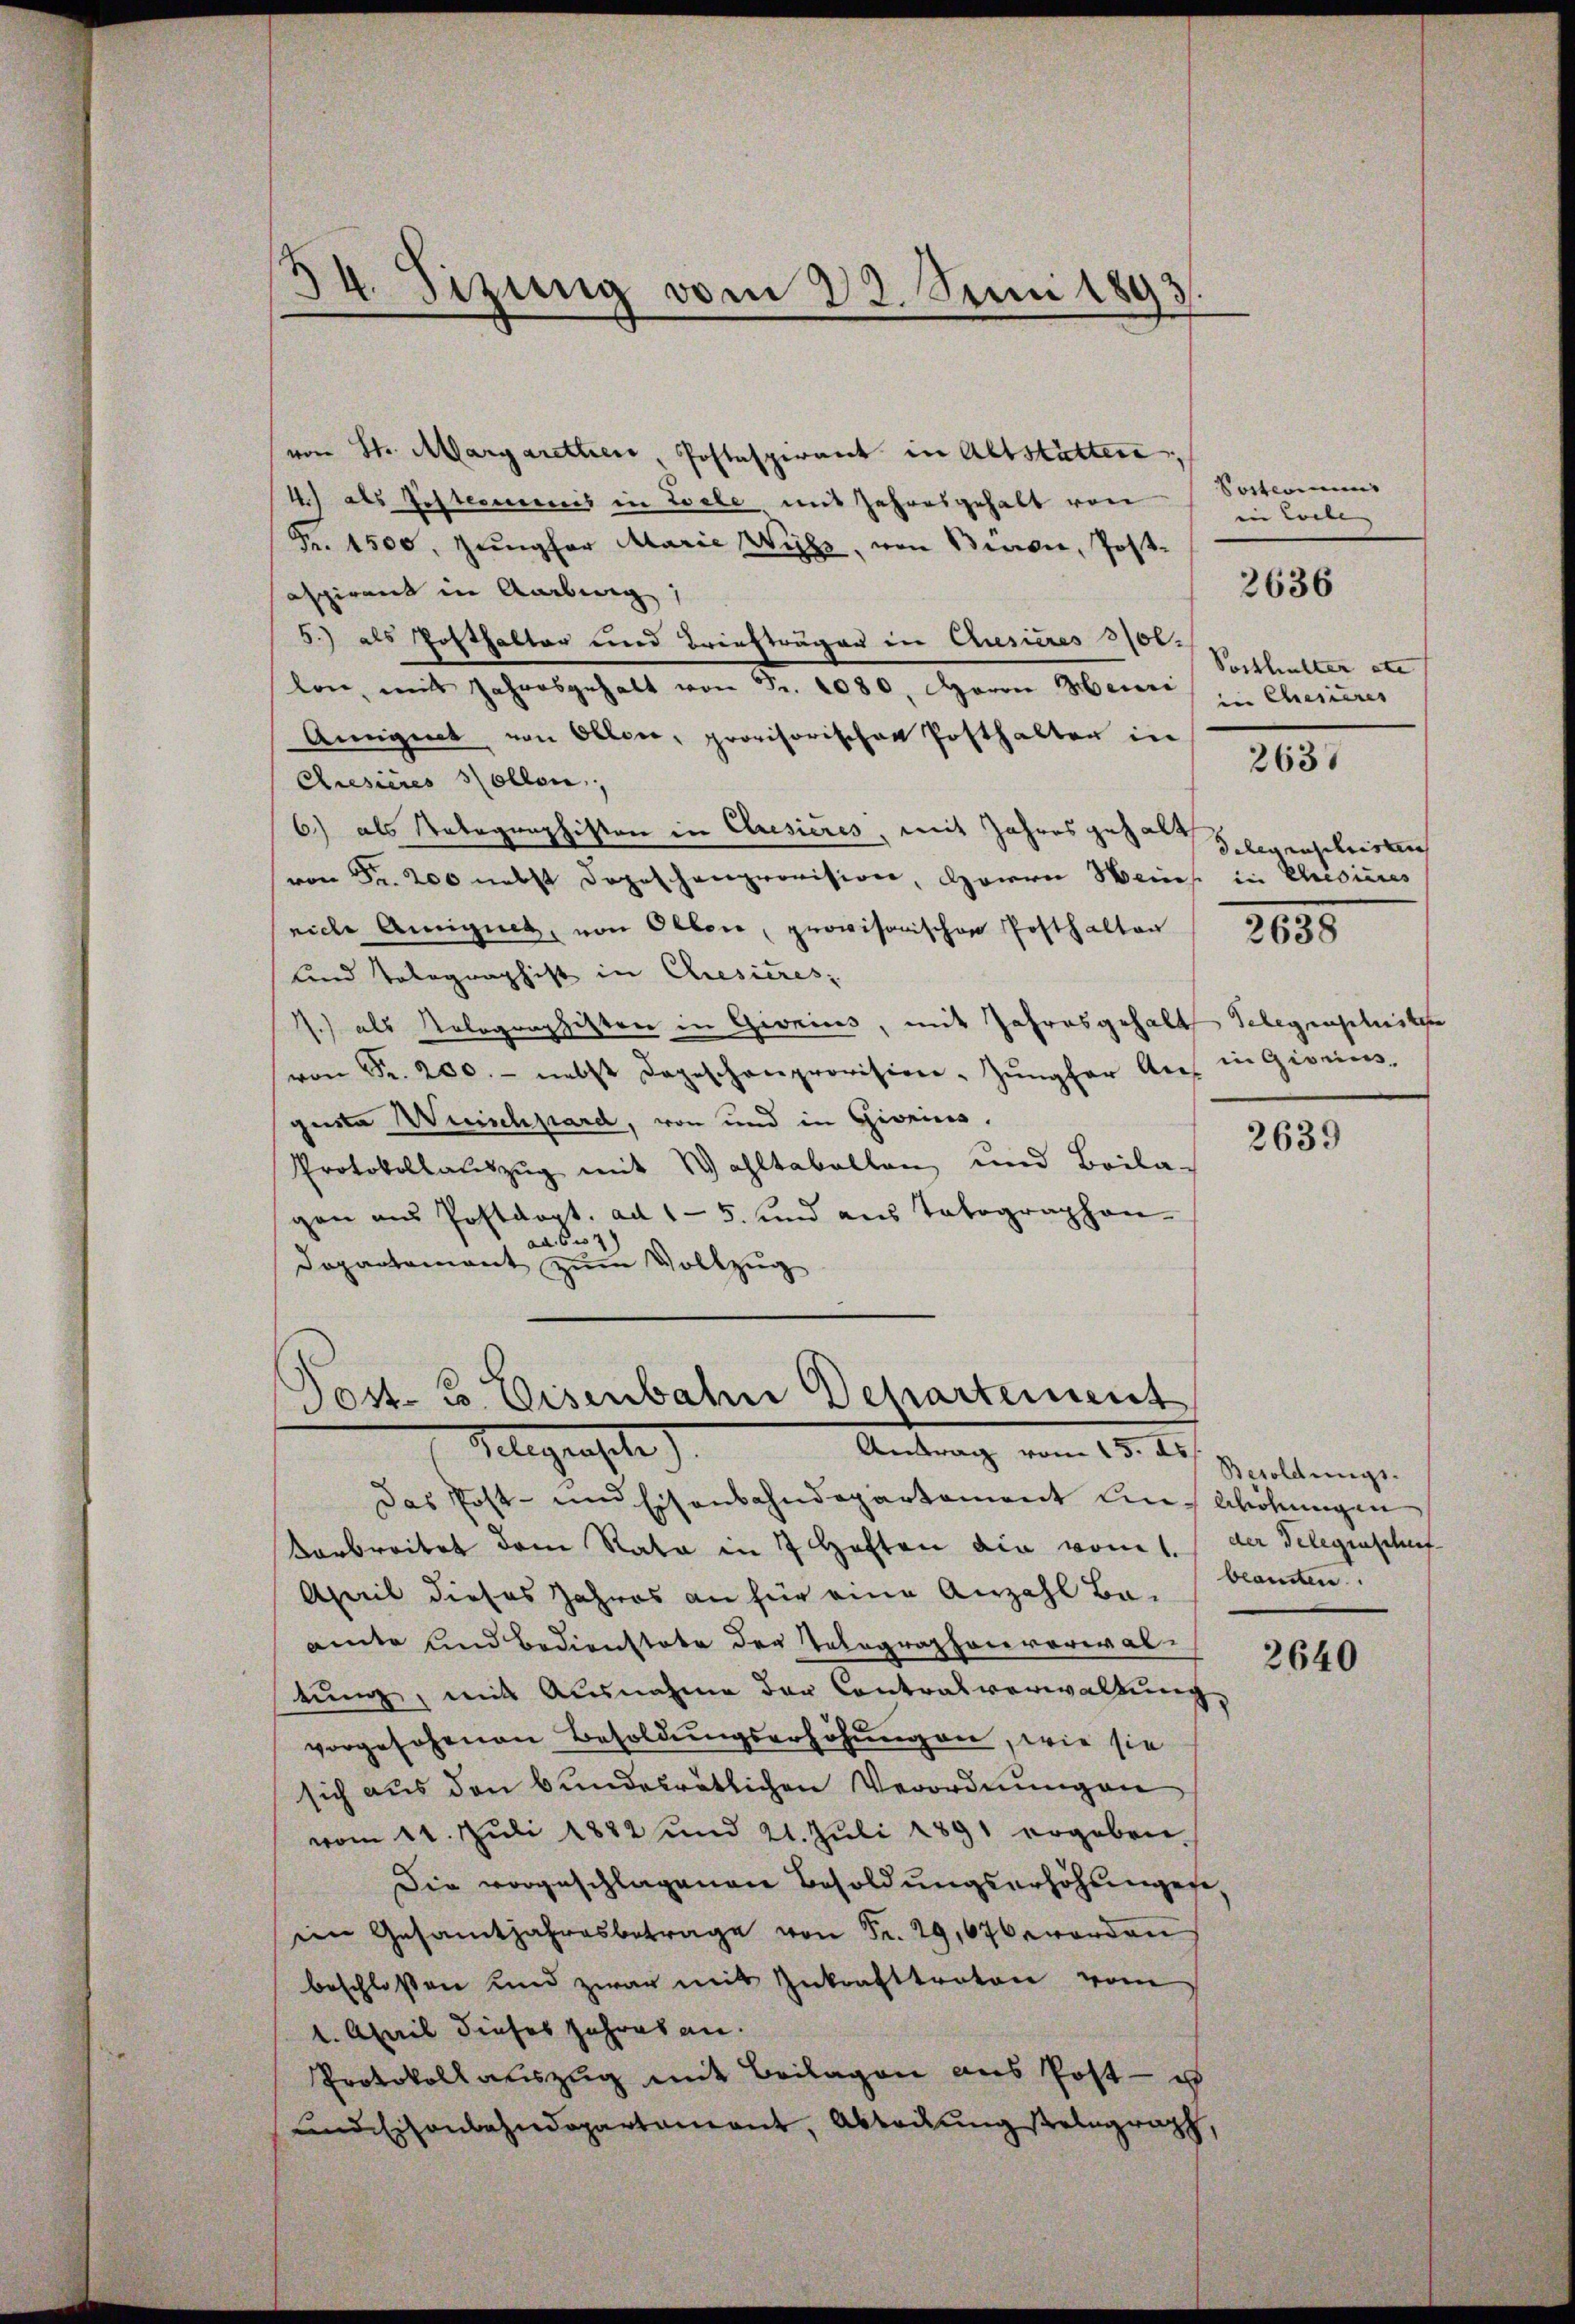
x
4. Sizung vom 22. Juni 1893

von St. Aargaretten, Postaspirant in Altstätten,
11 als Gestermeis in Zoele, mit Jahresgehalt von Solkommis
Fr. 1500. Jungfer Marie Wich, von Bievie, Post-
aspirant in Aarburg,
5.) als Posthalter und Briefträger in Ausieres 1101.
lon, mit Jahresgehalt von Fr. 1080. Herrn Heiris in Chesieres
Amignet von Oblen, provisorischen Posthalter in
Chisieres sollen,
6) als Notagraphisten in Cresieres, mit Jahres gehalt
von Fr. 200 nebst Dopeschenprovision, Herre Weins in Cresieres
niche Amignet, von Olten, provisorischen Posthalten
und Tolographist in Chresieres,
1.) als Nolographisten in Gionis, mit Jahresgehalt Telegensluste
von Fr. 200.- nebst dageschenprovision-Zŭngfer Angeste Weischpard, von und in Gireins.
Protokollaŭszŭg mit Wahltaballen, und Beila-
gen aus Postdept. ad 15. und aus Tabographen-
ad 607
Dopartement zum Vollzug

Post. B. Eisenbahn Departement
Telegenste
Antrag vom 15. des Besoldungs

Das Post- und Eisenbahndepartement und Wohnungen
varbreitet dem Rata in 7 Haften die vom 1.
April dieses Jahres an für eine Anzahl Be-
amte und Bedienstate der Telegraphenverwal-
tung, mit Ausnahme der Contralverwaltung,
vorgesehenen Besoldungserhöhungen, wie sie
sich aus den bundesrätlichen Verordnungen
vom 11. Juli 1882 und 21. Juli 1891 ergeben,
Die vorgeschlagenen Besoldungserhöhungen,
im Gesamtjahresbetrage von Fr. 29,676 worden
beschlossen und zwar mit Inkrafttratore vom
1. April dieses Jahres an.
Protokollauszug mit Beilagen aus Post- u
und Eisenbahndepartement, Abteilung stelegrath,

iin Colle |
Posthalter etc |
2637
delegraschristen
2638

2636

in Gisein,

2639

der Belegenschaf
beamten.

2640